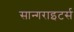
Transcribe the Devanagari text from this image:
सान्गराइटर्स